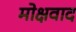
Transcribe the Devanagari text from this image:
मोक्षवाद